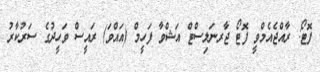
ފޮޓޯ: ރާއްޖެއެމްވީ ފޮޓޯ ޖާރނަލިސްޓް އަޝްވާ ފަހީމް (އައްވަ) ރައީސް ވަހީދުގެ ސަރުކާރު